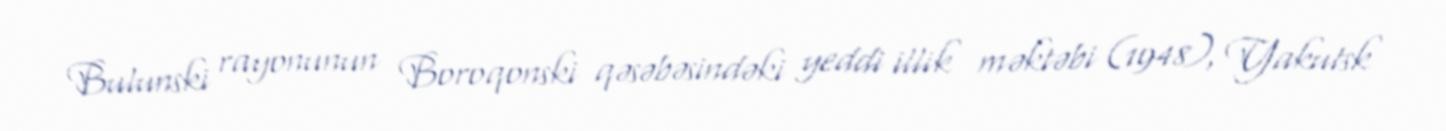
Bulunski rayonunun Boroqonski qəsəbəsindəki yeddi illik məktəbi (1948), Yakutsk